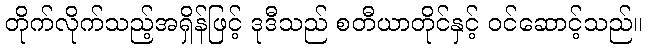
တိုက်လိုက်သည့်အရှိန်ဖြင့် ဒုဒီသည် စတီယာတိုင်နှင့် ဝင်ဆောင့်သည်။